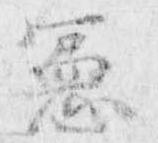
憲